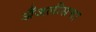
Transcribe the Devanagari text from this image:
अँजलीसचा